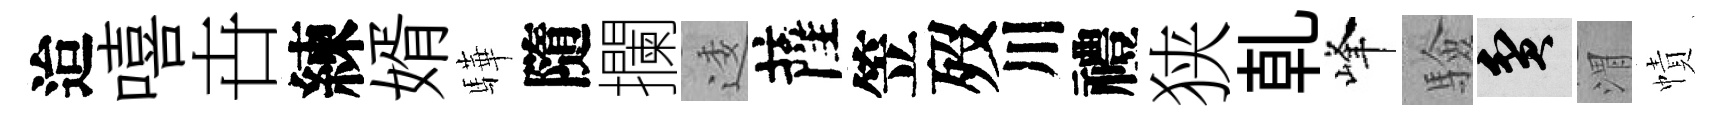
迨嘻卋練婿驊隨攔逶薩笠歿川禮狭乹峰驗貧渭幘